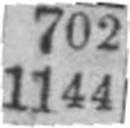
1144